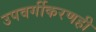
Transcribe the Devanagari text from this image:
उपवर्गीकरणही